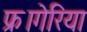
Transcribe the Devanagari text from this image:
फ्रागेरिया